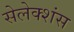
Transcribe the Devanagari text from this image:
सेलेक्शंस